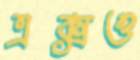
এক্সও